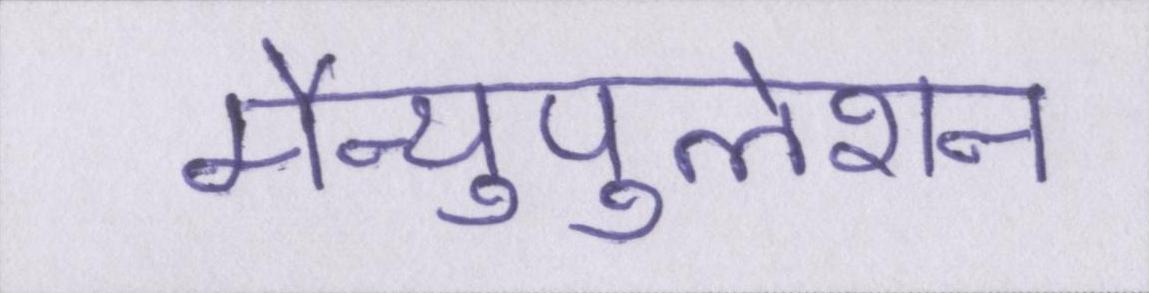
मैन्युपुलेशन